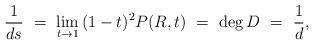
LaTeX: \begin{align*}\frac{1}{ds}\ =\ \lim_{t\to 1}\, (1-t)^2 P(R,t)\ =\ \deg D\ =\ \frac{1}{d},\end{align*}